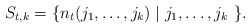
\begin{align*}S_{t,k} = \{ n_t(j_1,\ldots,j_k) \mid j_1,\ldots,j_k\ \}.\end{align*}